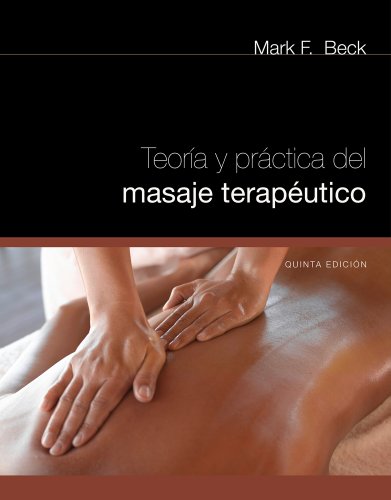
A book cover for Spanish Translated Theory & Practice of Therapeutic Massage; Mark F. Beck; Business & Money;